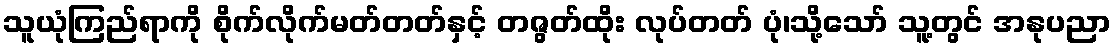
သူယုံကြည်ရာကို စိုက်လိုက်မတ်တတ်နှင့် တဇွတ်ထိုး လုပ်တတ် ပုံ၊သို့သော် သူ့တွင် အနုပညာ